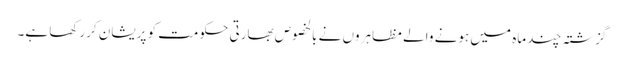
گزشتہ چند ماہ میں ہونے والے مظاہروں نے بالخصوص بھارتی حکومت کو پریشان کررکھا ہے۔